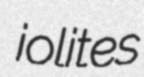
iolites